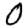
Digit: 0